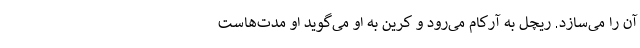
آن را می‌سازد. ریچل به آرکام می‌رود و کرین به او می‌گوید او مدت‌هاست